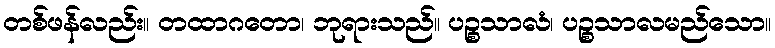
တစ်ဖန်လည်း။ တထာဂတော၊ ဘုရားသည်။ ပဉ္စသာလံ၊ ပဉ္စသာလမည်သော။